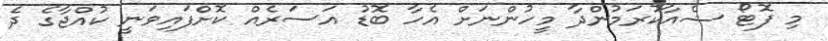
މި ފޮޓޯ ޝެއާކުރަމުންދާ މީހުންނަށް އެހާ ބޮޑު އަސަރެއް ކޮށްފައިވަނީ ކުއްޖާގެ ދެ